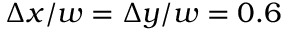
\Delta x / w = \Delta y / w = 0 . 6